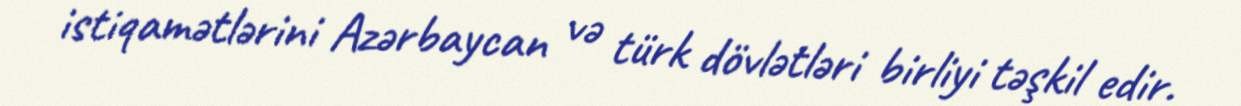
istiqamətlərini Azərbaycan və türk dövlətləri birliyi təşkil edir.